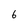
Character: 6